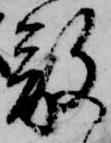
敬